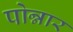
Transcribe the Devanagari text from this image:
पोन्नार